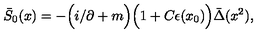
\bar { S } _ { 0 } ( x ) = - \Big ( i \slash \partial + m \Big ) \Big ( 1 + C \epsilon ( x _ { 0 } ) \Big ) \bar { \Delta } ( x ^ { 2 } ) ,